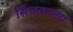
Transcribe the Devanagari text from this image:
सिचवालय